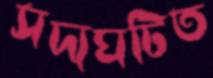
সদ্যঘটিত